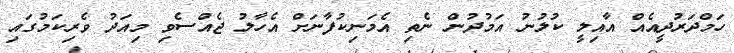
ހަމްދަރުދީއެއް އާއިލީ ކުލުނު އަމުދުން ނެތި އެމަނިކުފާނަށް އެހާލު ޖެއްސެވި މިއަދު ވެރިކަމުގައި